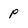
Character: p